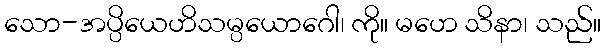
သော-အပ္ပိယေဟိသမ္ပယောဂေါ၊ ကို။ မဟေ သိနာ၊ သည်။